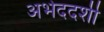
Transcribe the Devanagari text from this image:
अभेददर्शी